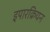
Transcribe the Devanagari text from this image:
इपारक्रियन